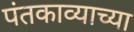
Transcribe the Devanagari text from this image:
पंतकाव्याच्या